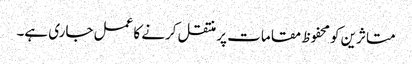
متاثرین کو محفوظ مقامات پر منتقل کرنے کا عمل جاری ہے۔